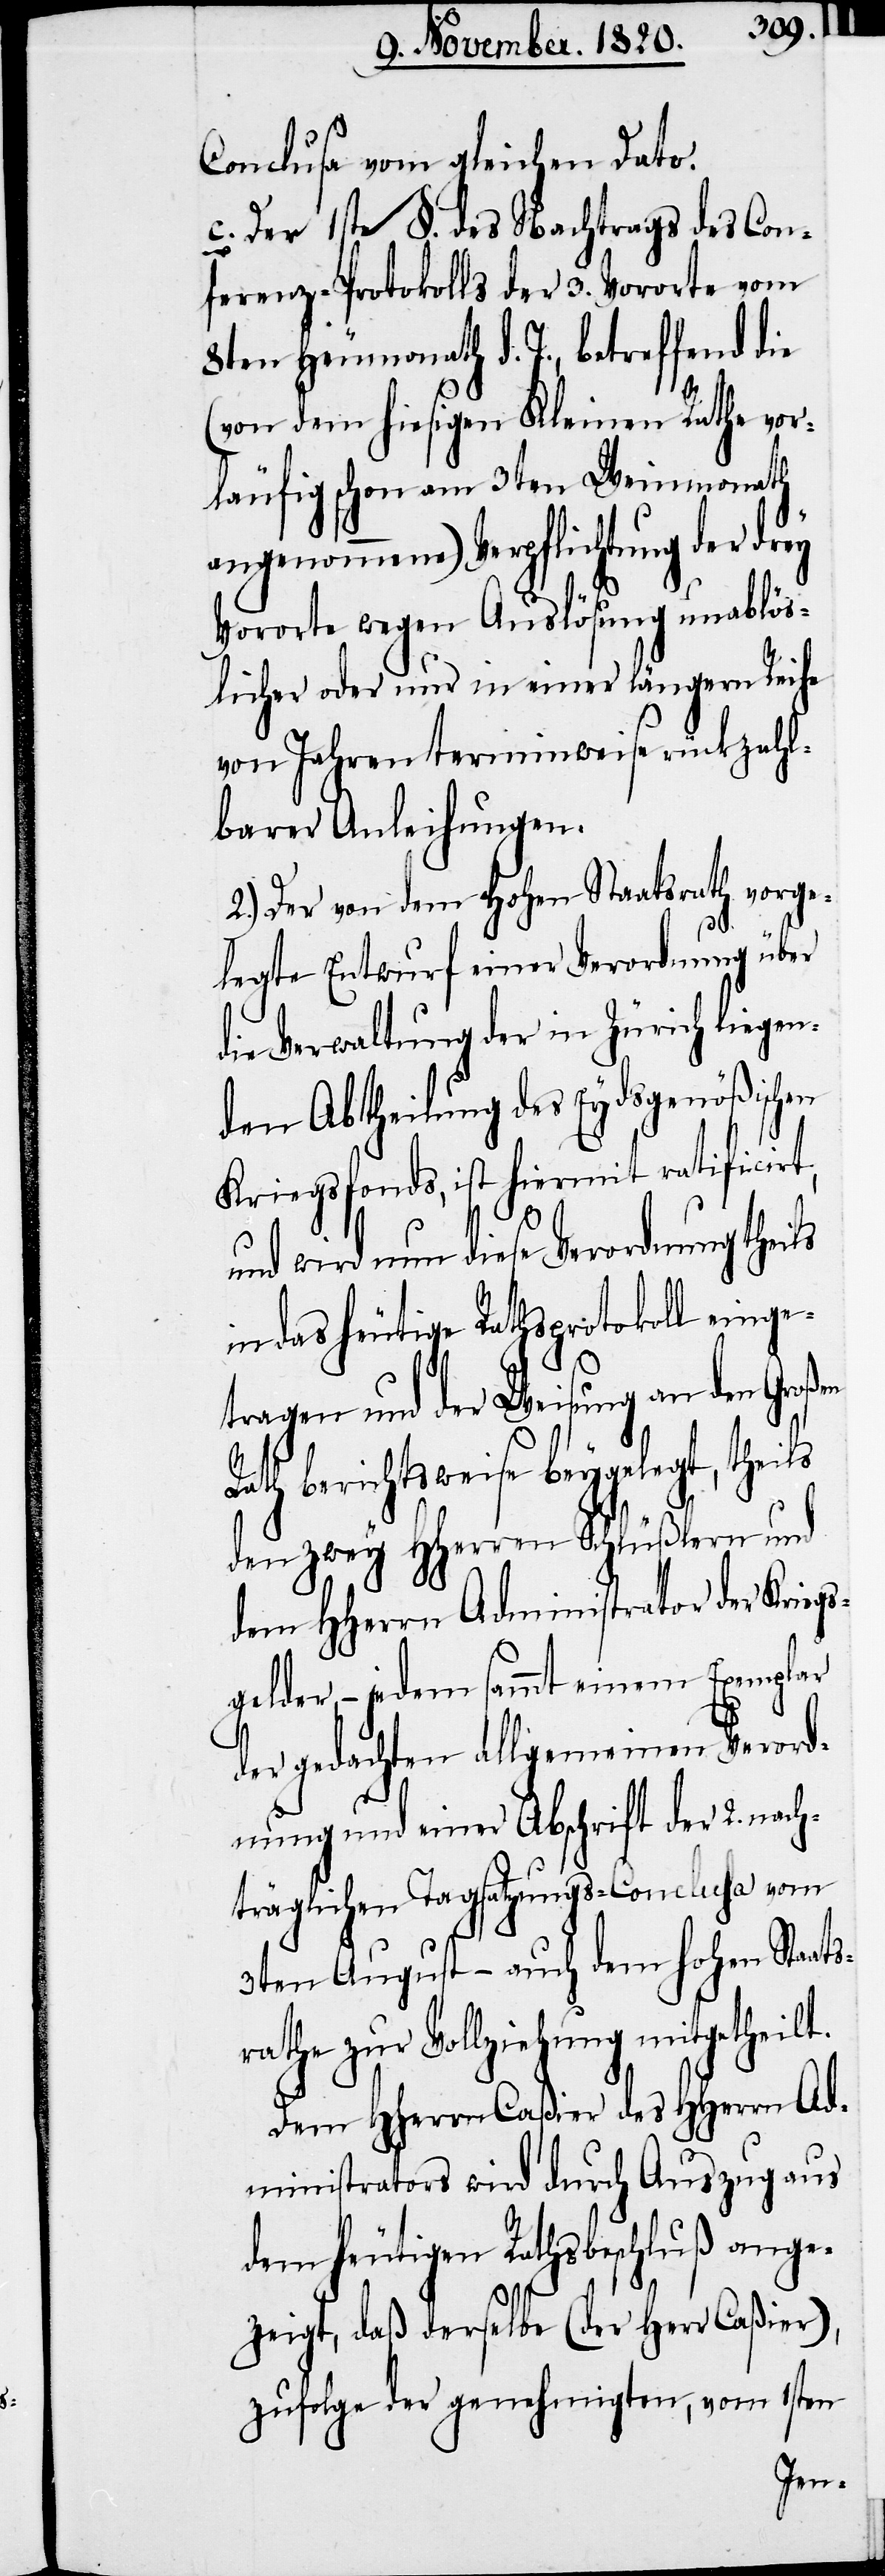
Concluse vom gleichen Dato.
c. Der 1ste §. des Nachtrags des Con¬
ferenz-Protokolls der 3. Vororte vom
8ten Heumonath d. J., betreffend die
(von dem hiesigen Kleinen Rathe vor¬
läufig schon am 3ten Weinmonath
angenommene) Verpflichtung der
Vororte wegen Auslösung unablös¬
licher oder nur in einer längern Reihe
von Jahren terminweise rückzahl¬
barer Anleihungen.
2.) Der von dem hohen Staatsrath vorge¬
legte Entwurf einer Verordnung über
die Verwaltung der in Zürich liegen¬
den Abtheilung des Eydsgenößischen
Kriegsfonds, ist hiermit ratificirt,
und wird nun diese Verordnung theils
in das heutige Rathsprotokoll einge¬
tragen und der Weisung an den Groß¬
Rath berichtsweise beygelegt, theils
den zwey Hherren Schlüßlern und
dem Hherrn Administrator der Kriegs¬
gelder, – jedem sammt einem Exemplar
der gedachten allgemeinen Verord¬
nung und einer Abschrift der 2. nach¬
träglichen Tagsatzungs-Conclusa vom
3ten August – auch dem hohen Staats¬
rathe zur Vollziehung mitgetheilt.
Dem HHerrn Caßier des Hherrn Ad¬
ministrators wird durch Auszug aus
dem heutigen Rathsbeschluß ange¬
zeigt, daß derselbe (der Herr Caßier),
zufolge der genehmigten, vom 1sten
en